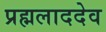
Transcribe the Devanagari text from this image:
प्रह्मलाददेव